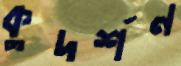
কুদর্শন